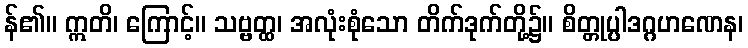
န်၏။ ဣတိ၊ ကြောင့်။ သဗ္ဗတ္ထ၊ အလုံးစုံသော တိက်ဒုက်တို့၌။ စိတ္တုပ္ပါဒဂ္ဂဟဏေန၊